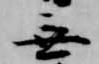
無